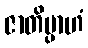
ဇာတိမ္ပာဟံ